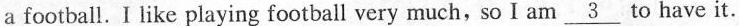
a football. I like playing football very much, so I am \underline{3} to have it.